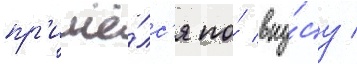
пр'ишё́лс'я по́ вку́су /